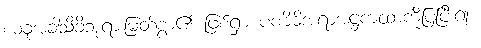
ယခုအခါသိခိဘုရားမြတ်စွာ၏ ဖြစ်ရှာ ပဏိဓိအရာအဋ္ဌကထာကိုပြပြီး၍